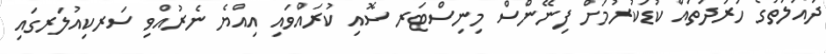
ދައުލަތުގެ ހަރަދުތައް ކުޑަކުރުމަށް ފިނޭންސް މިނިސްޓަރ ސޮއި ކުރައްވައި އިއްޔެ ނެރުއްވި ސަރކިއުލަރގައި